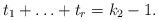
LaTeX: \begin{align*}t_1+\ldots+t_r=k_2-1.\end{align*}